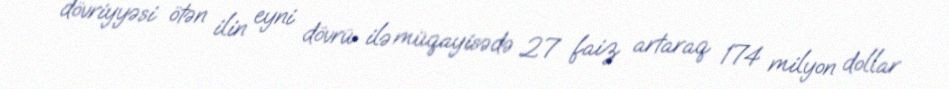
dövriyyəsi ötən ilin eyni dövrü ilə müqayisədə 27 faiz artaraq 174 milyon dollar